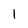
Character: 1